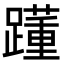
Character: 𨆟